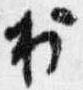
出